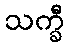
သက္ခီ